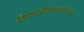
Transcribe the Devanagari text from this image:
कैनबिनोइड्स